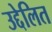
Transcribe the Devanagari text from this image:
उद्देलित